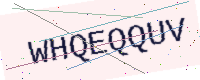
Text: WHQEQQUV